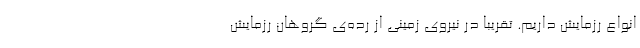
انواع رزمایش‌ داریم. تقریباً در نیروی زمینی از رده‌ی گروهان رزمایش